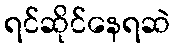
ရင်ဆိုင်နေရဆဲ